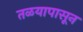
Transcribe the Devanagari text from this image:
तळयापासून